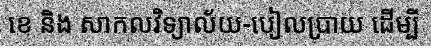
ខេ និង សាកលវិទ្យាល័យ-បៀលប្រាយ ដើម្បី